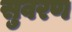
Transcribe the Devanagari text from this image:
सुवरण